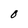
Character: O